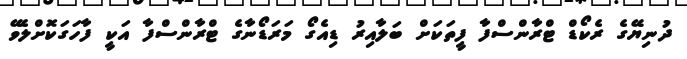
ދުނިޔޭގެ ރެކޯޑް ޓްރާންސްފާ ފީތަކަށް ބަލާއިރު ޑިއެގޯ މަރަޑޯނާގެ ޓްރާންސްފާ އަކީ ފާހަގަކޮށްލެވޭ